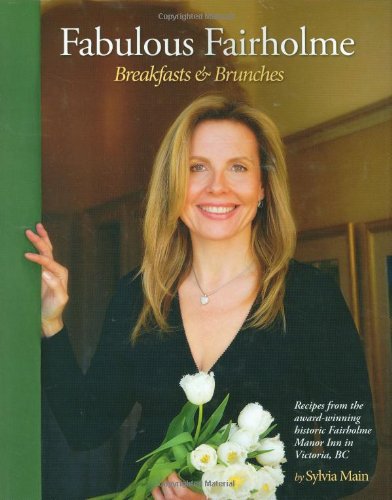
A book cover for Fabulous Fairholme; Sylvia Main; Cookbooks, Food & Wine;